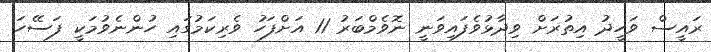
ރައީސް ވަހީދު އިތުރަށް ވިދާޅުވެފައިވަނީ ނޮވެމްބަރު 11 އަށްފަހު ވެރިކަމުގައި ހުންނެވުމަކީ ފަސޭހަ